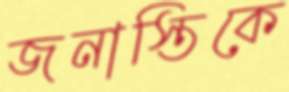
জনাস্তিকে